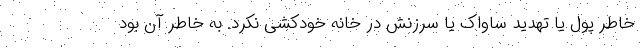
خاطر پول یا تهدید ساواک یا سرزنش در خانه خودکشی نکرد. به خاطر آن بود